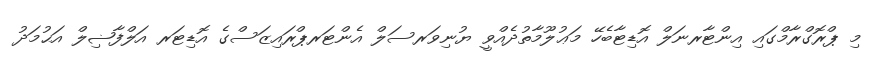
މި ޕްރޮގްރާމްގައި އިންޓާރނަލް އޮޑިޓާބެހޭ މަޢުލޫމާތުދެއްވީ ޔުނިވަރސަލް އެންޓަރޕްރައިޒަސްގެ އޮޑިޓަރ އަލްފާޟިލް އަޙުމަދު